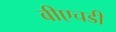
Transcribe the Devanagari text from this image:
बीएचडी